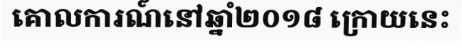
គោលការណ៍នៅឆ្នាំ២០១៨ ក្រោយនេះ